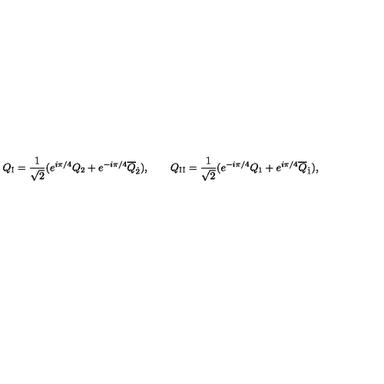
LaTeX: Q _ { \mathrm { I } } = \frac { 1 } { \sqrt { 2 } } ( e ^ { i \pi / 4 } Q _ { 2 } + e ^ { - i \pi / 4 } \overline { { Q } } _ { \dot { 2 } } ) , \qquad Q _ { \mathrm { I I } } = \frac { 1 } { \sqrt { 2 } } ( e ^ { - i \pi / 4 } Q _ { 1 } + e ^ { i \pi / 4 } \overline { { Q } } _ { \dot { 1 } } ) ,